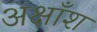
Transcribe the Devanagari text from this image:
अक्षाँश